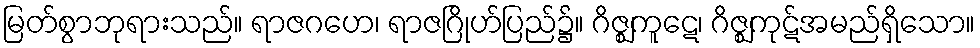
မြတ်စွာဘုရားသည်။ ရာဇဂဟေ၊ ရာဇဂြိုဟ်ပြည်၌။ ဂိဇ္ဈကူဋေ၊ ဂိဇ္ဈကုဋ်အမည်ရှိသော။